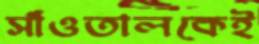
সাঁওতালকেই